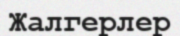
Жалгерлер